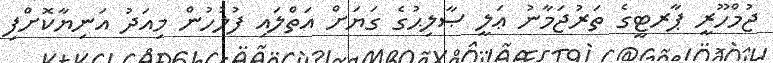
ޖުމްހޫރީ ޕާރޓީގެ ތަރުޖަމާނު ޢަލީ ޞާލިޙުގެ ގަޔަށް އަތްލައި ފުލުހުން މިއަދު އަނިޔާކޮށްފި